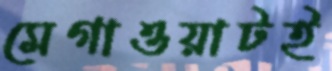
মেগাওয়াটই